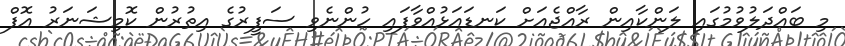
މި ބައްދަލުވުމުގަައި ލަންކާއިން ރާއްޖެއަށް ކަނޑައަޅުއްވާފައި ހުންނެވި ސަފީރުގެ އިތުރުން ކޮމިޝަނަރު އޮފް